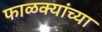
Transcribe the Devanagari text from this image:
फाळक्यांच्या